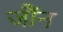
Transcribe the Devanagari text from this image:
जौंन